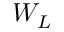
W _ { L }